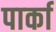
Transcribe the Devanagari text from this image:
पार्का